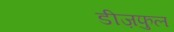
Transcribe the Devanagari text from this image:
डीज़फुल